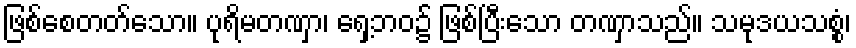
ဖြစ်စေတတ်သော။ ပုရိမတဏှာ၊ ရှေ့ဘဝ၌ ဖြစ်ပြီးသော တဏှာသည်။ သမုဒယသစ္စံ၊